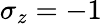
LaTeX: \sigma_{z}=-1